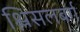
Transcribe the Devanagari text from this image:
श्लिसलबर्ग